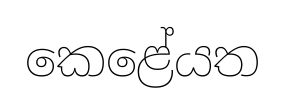
කෙළේයත